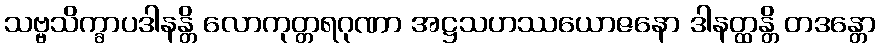
သဗ္ဗသိက္ခာပဒါနန္တိ လောကုတ္တရဂုဏာ အဋ္ဌသဟဿယောဇနော ဒါနတ္ထန္တိ တဒန္တော